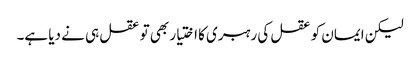
لیکن ایمان کو عقل کی رہبری کا اختیار بھی تو عقل ہی نے دیا ہے۔